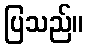
ပြသည်။